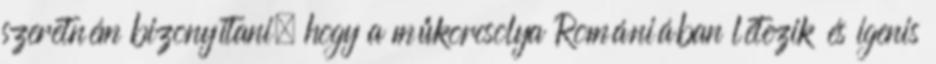
szeretném bizonyítani, hogy a műkorcsolya Romániában létezik és igenis